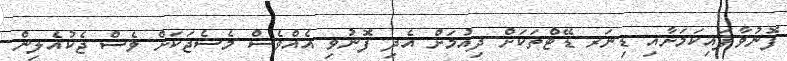
ފޮނުވާފައިކަމަށާއި ޑިނަރ ޑޭޓްތަކަށް ދިއުމަށް އެދި ފޮނުވި އެއްވެސް މެސެޖަކަށް ވެސް ޖެކުއެލިން